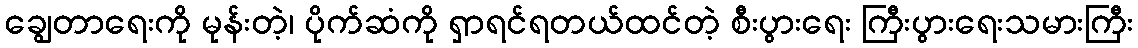
ချွေတာရေးကို မုန်းတဲ့၊ ပိုက်ဆံကို ရှာရင်ရတယ်ထင်တဲ့ စီးပွားရေး ကြီးပွားရေးသမားကြီး